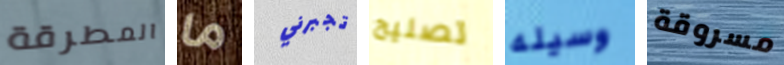
المطرقة ما تجبرني تصليح وسيله مسروقة